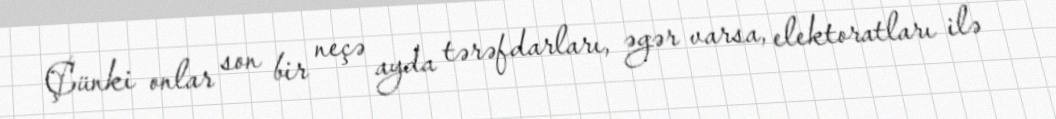
Çünki onlar son bir neçə ayda tərəfdarları, əgər varsa, elektoratları ilə